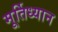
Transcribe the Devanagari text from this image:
मूर्तिध्यान